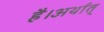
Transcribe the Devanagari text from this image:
है।अर्थात्